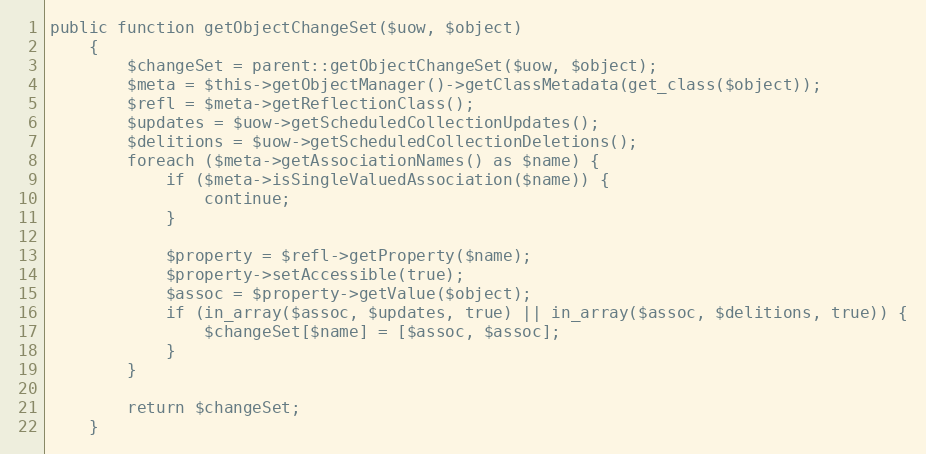
Language: PHP
public function getObjectChangeSet($uow, $object)
    {
        $changeSet = parent::getObjectChangeSet($uow, $object);
        $meta = $this->getObjectManager()->getClassMetadata(get_class($object));
        $refl = $meta->getReflectionClass();
        $updates = $uow->getScheduledCollectionUpdates();
        $delitions = $uow->getScheduledCollectionDeletions();
        foreach ($meta->getAssociationNames() as $name) {
            if ($meta->isSingleValuedAssociation($name)) {
                continue;
            }

            $property = $refl->getProperty($name);
            $property->setAccessible(true);
            $assoc = $property->getValue($object);
            if (in_array($assoc, $updates, true) || in_array($assoc, $delitions, true)) {
                $changeSet[$name] = [$assoc, $assoc];
            }
        }

        return $changeSet;
    }